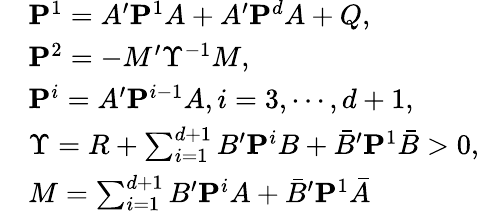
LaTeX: \begin{array}{rl}&{\mathbf P^{1}=A^{\prime}\mathbf P^{1}A+A^{\prime}\mathbf P^{d}A+Q,}\\ &{\mathbf P^{2}=-M^{\prime}\Upsilon^{-1}M,}\\ &{\mathbf P^{i}=A^{\prime}\mathbf P^{i-1}A,i=3,\cdots,d+1,}\\ &{\Upsilon=R+\sum_{i=1}^{d+1}B^{\prime}\mathbf P^{i}B+\bar{B}^{\prime}\mathbf P^{1}\bar{B}>0,}\\ &{M=\sum_{i=1}^{d+1}B^{\prime}\mathbf P^{i}A+\bar{B}^{\prime}\mathbf P^{1}\bar{A}}\end{array}